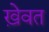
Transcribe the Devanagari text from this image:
ख़ेवत